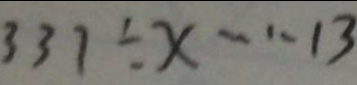
3 3 7 \div x \cdots 1 3